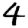
Digit: 4